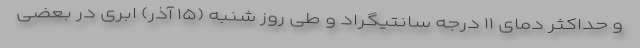
و حداکثر دمای ۱۱ درجه سانتیگراد و طی روز شنبه (۱۵ آذر) ابری در بعضی